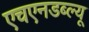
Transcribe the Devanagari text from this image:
एचएनडब्ल्यू